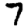
Digit: 7